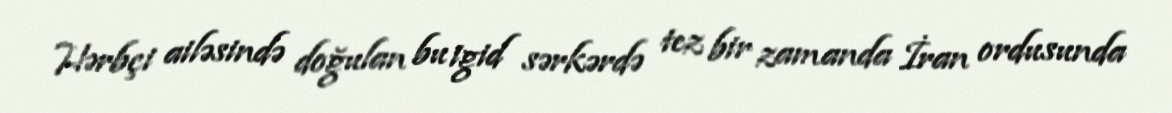
Hərbçi ailəsində doğulan bu igid sərkərdə tez bir zamanda İran ordusunda